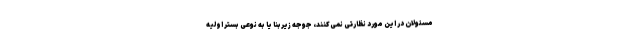
مسئولان در این مورد نظارتی نمی‌کنند، جوجه زیربنا یا به نوعی بستر اولیه